Vaccination North-Western Provinces and Oudh 1878-1895 - 1878-1895
Year: 1878
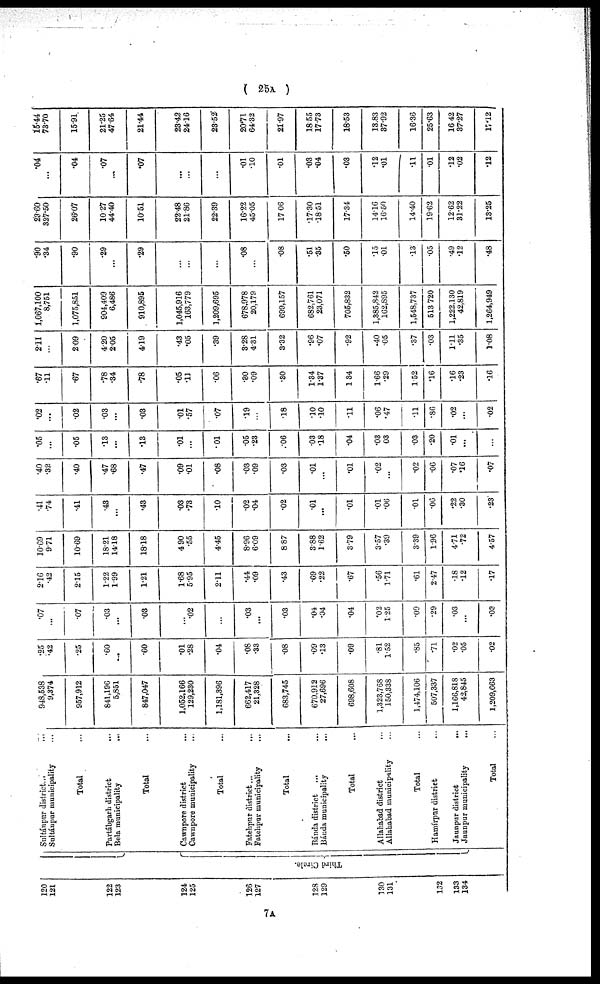
( 25A )
120
121
122
123
124
125
126
127
128
129
130
131
132
133
134
Third Circle.
Sultánpnr
district...
...
Sultáupur municipality ...
Total ...
Partábgarh district ...
Bela municipality ...
Total ...
Cawnpore district ...
Cawnpore municipality ...
Total ...
Fatehpur district...
...
Fatehpur municipality ...
Total ...
Bánda district
... ...
Bánda municipality ...
Total ...
Allahabad district ...
Allahabad municipality ...
Total ...
Hamírpur district ...
Jaunpur district
...
Jaunpur municipality
...
Total ...
948,538
9,374
957,912
841,196
5,851
847,047
1,052,166
129,230
1,181,396
662,417
21,328
683,745
670,912
27,696
698,608
1,323,768
150,338
1,474,106
507,337
1,166,818
42,845
1,209,663
.25
.42
.25
.60
...
.60
.01
.28
.04
.08
.33
.08
.09
.13
.09
.81
1.52
.85
.71
.02
.05
.02
.07
...
.07
.03
...
.03
02
...
.03
...
.03
.04
.04
.04
.02
1.25
.09
.29
.03
...
.03
2.16
.42
2.15
1.22
1.99
1.21
1.68
5.95
2.11
.44
.09
.43
.69
.22
.67
.56
1.71
.61
2.47
.18
.12
.17
10.69
9.71
10.69
18.21
14.18
18.18
4.90
.55
4.45
8.96
6.09
8.87
3.88
1.62
3.79
3.57
.39
3.39
1.96
4.71
.72
4.57
.41
.74
.41
.43
...
.43
.03
.73
.10
.02
.04
.02
.01
...
.01
.01
.06
.01
.06
.22
.30
.23
.40
.32
.40
.47
.68
.47
.09
.01
.08
.03
.09
.03
.01
...
.01
.02
...
.02
.06
.07
.16
.07
.05
...
.05
.13
...
.13
.01
...
.01
.05
.23
.06
.03
.18
.04
.03
.03
.03
.20
.01
...
...
.02
...
.02
.03
...
.03
.01
.57
.07
.19
...
.18
.10
.10
.11
.06
.47
.11
.86
.02
...
.02
.67
.11
.67
.78
.34
.78
.05
.11
.06
.30
.09
.30
1.34
1.37
1.34
1.66
.29
1.52
.16
.16
.23
.16
2.11
...
2.09
4.20
2.05
4.19
.43
.05
.39
3.28
4.31
3.32
.96
.07
.92
.40
.05
.37
.03
1.11
.35
1.08
1,067,100
8,751
1,075,851
904,409
6,486
910,895
1,045,916
163,779
1,209,695
678,978
20,179
699,157
682,761
23,071
705,832
1,385,842
162,895
1,548,737
513,720
1,222,130
42,819
1,264,949
.90
.34
.90
.29
...
.29
...
...
...
.08
...
.08
.51
.35
.50
.15
.01
.13
.05
.49
.12
.48
23.60
327.50
26.07
10.27
44.40
10.51
22.48
21.86
22.39
16.22
45.05
17.06
.17.30
.18.51
17.34
14.16
16.50
14.40
19.62
12.62
31.22
13.25
.04
...
.04
.07
...
.07
...
...
...
.01
.10
.01
.03
.04
.03
.12
.01
.11
.01
.12
.02
.12
15.44
73.70
15.91
21.25
47.64
21.44
23.42
24.16
23.52
20.71
64.32
21.97
18.55
17.73
18.53
13.83
37.92
16.36
25.63
16.42
37.27
17.12
7A